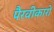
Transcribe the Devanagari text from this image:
पैरवीकारों